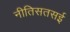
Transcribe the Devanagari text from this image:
नीतिसतसई